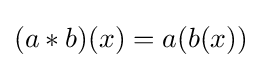
(a*b)(x)=a(b(x))